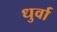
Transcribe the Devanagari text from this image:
धुर्वा